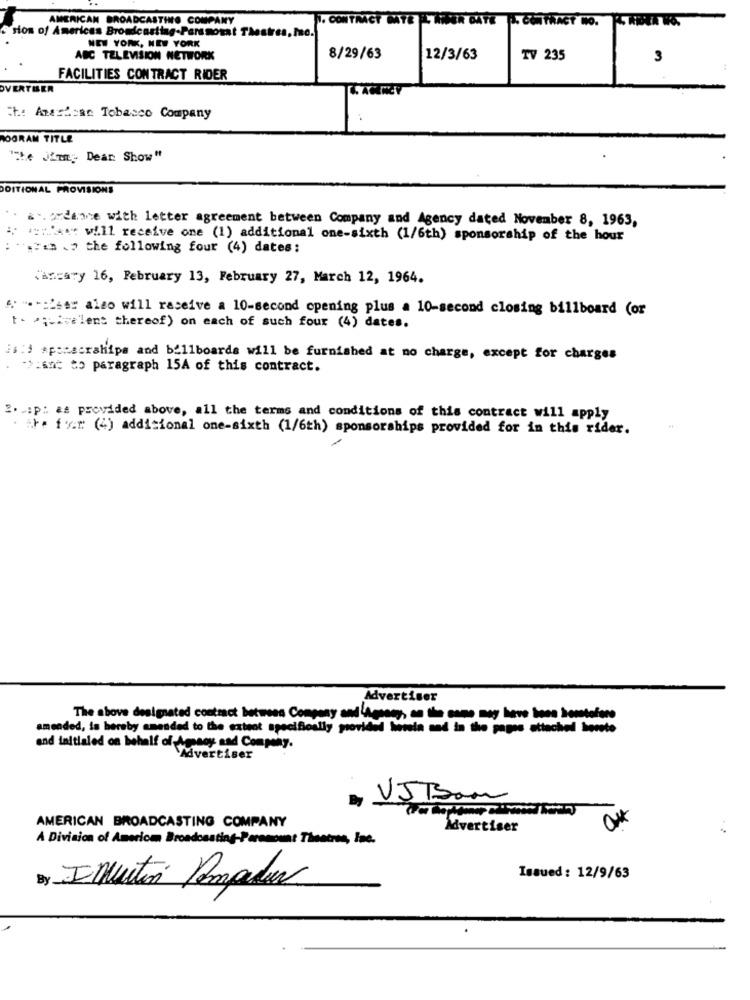
AMERICAN BROADCASTING COMPANY
sion of Americas Broadcasting-Perssonat
. CONTRACT BATE L MPER CATE P. CONTRACT NO.
NEW YORK, NEW YORK
a. mne.
ABC TELEVISION NETWORK
8/29/63
12/3/63
TV 235
3
FACILITIES CONTRACT RIDER
VERTMER
th: Amsloan Tobacco Company
OGRAM TITLE
"The Jimmy Dean Show"
DDITIONAL PROVISIONS
". ... ordene with letter agreement between Company and Agency dated November 8, 1963,
:: ' will receive one (1) additional one-sixth (1/6th) sponsorship of the hour
: . a .J the following four (4) dates:
"ancary 16, February 13, February 27, March 12, 1964.
4. " --: Leer also will receive a 10-second opening plus a 10-second closing billboard (or
to equivalent thereof) on each of such four (4) dates.
is:d sponsorships and billboards will be furnished at no charge, except for charges
. ">:ane to paragraph 15A of this contract.
2. : p: as provided above, all the terms and conditions of this contract will apply
. ire fer (4) additional one-sixth (1/6th) sponsorships provided for in this rider.
Advertiser
The above designated contract between Company and Agsony, an the cane meg have toes kemtolere
amended, is hereby amended to the extent specifically provided herela and in the pages attached hereto
and initialed on behalf of Amssoy and Company.
Advertiser
VJBan
AMERICAN BROADCASTING COMPANY
Advertiser
A Division of America Broadcasting-Paramount Thentres, Ine.
By Inuitin Pompadur
Issued: 12/9/63